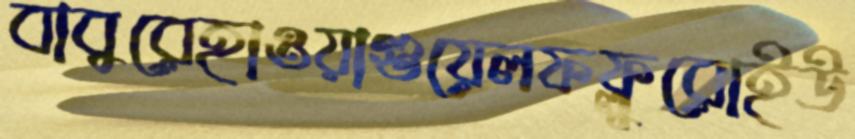
বাবুরেহাওয়াগুয়েলফফ্লুরোইউ